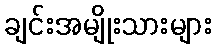
ချင်းအမျိုးသားများ